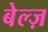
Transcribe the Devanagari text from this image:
बेल्ज़